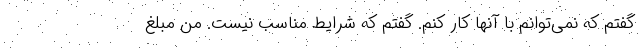
گفتم که نمی‌توانم با آنها کار کنم. گفتم که شرایط مناسب نیست. من مبلغ